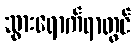
သွားရောက်ရာတွင်